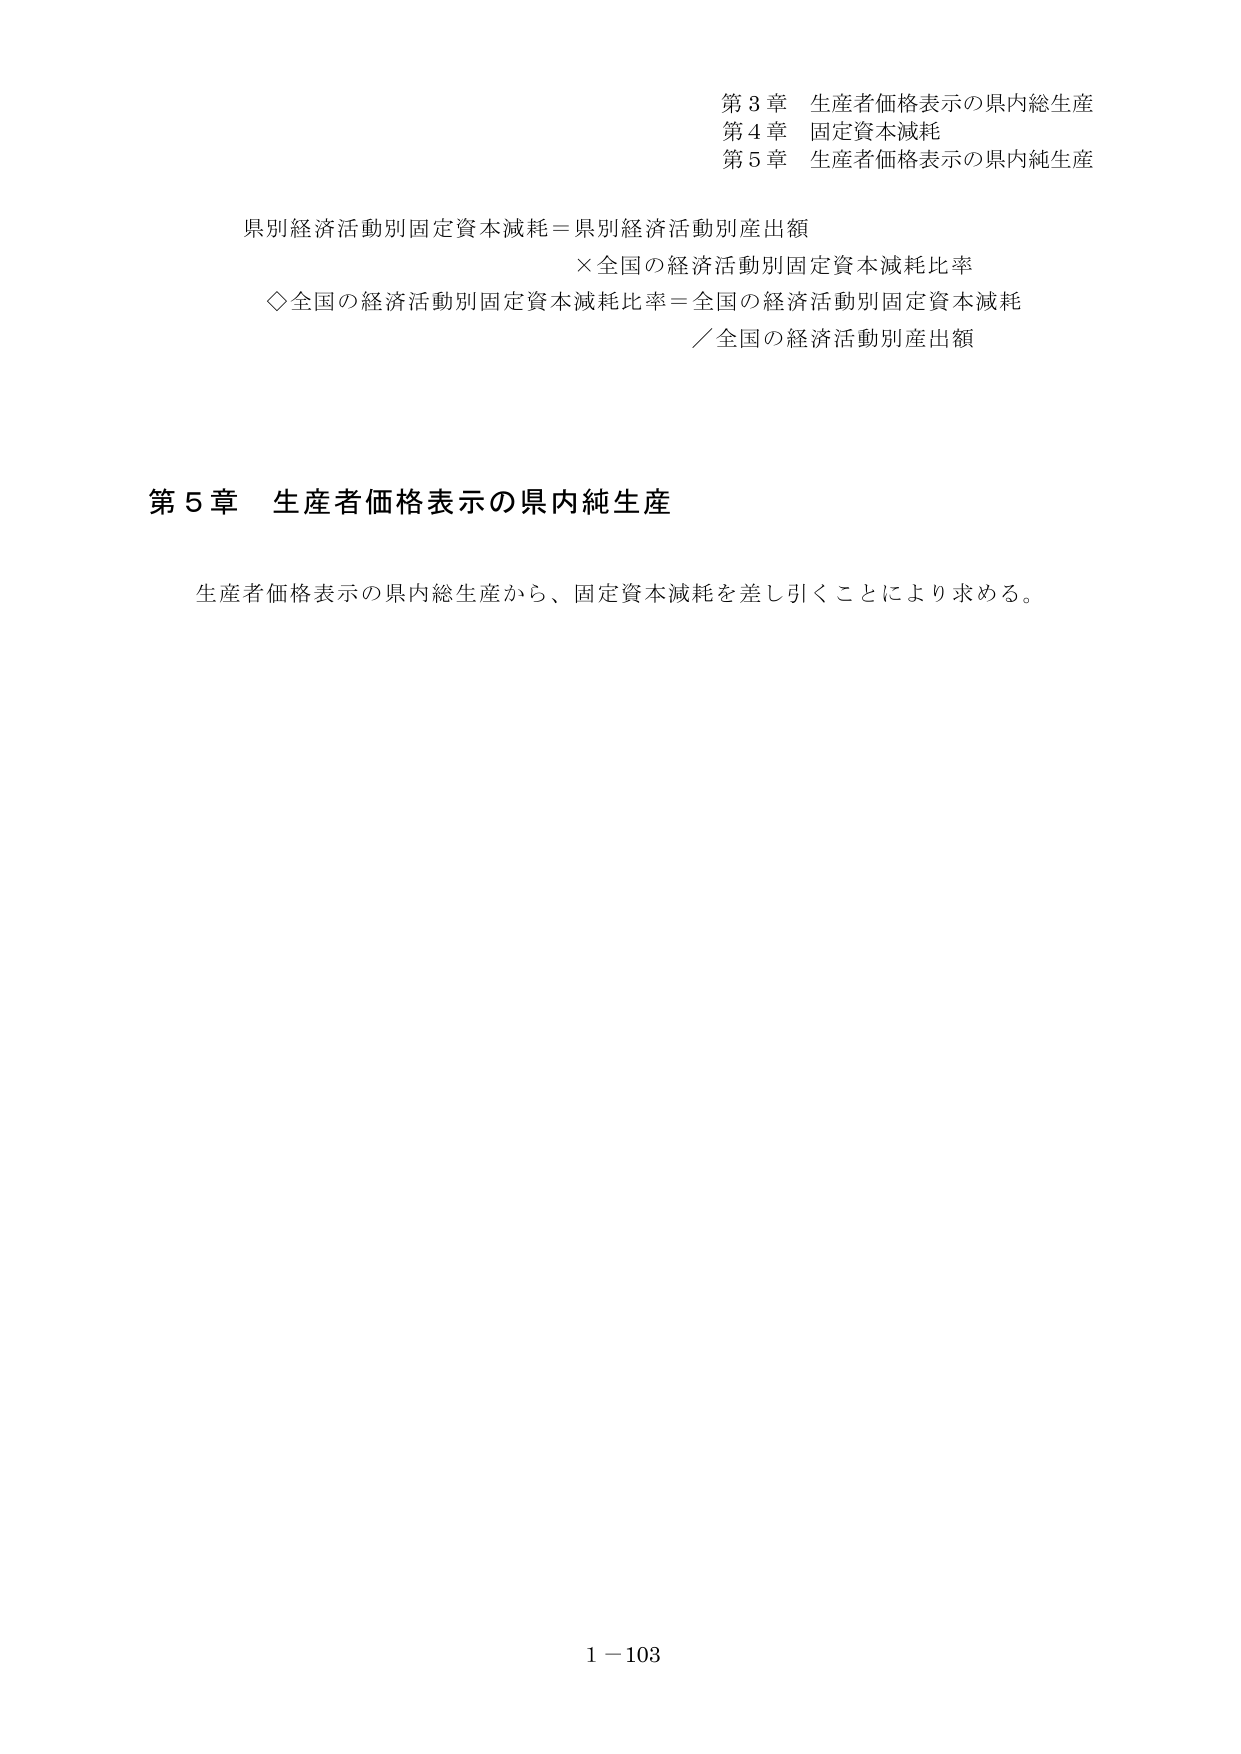
第３章 生産者価格表示の県内総生産
第４章 固定資本減耗
第５章 生産者価格表示の県内純生産

県別経済活動別固定資本減耗＝県別経済活動別産出額
　×全国の経済活動別固定資本減耗比率
◇全国の経済活動別固定資本減耗比率＝全国の経済活動別固定資本減耗
　／全国の経済活動別産出額

第５章 生産者価格表示の県内純生産

生産者価格表示の県内総生産から、固定資本減耗を差し引くことにより求める。

1－103